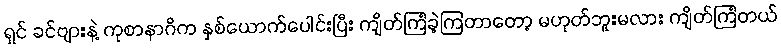
ရှင် ခင်ဗျားနဲ့ ကုစာနာဂိက နှစ်ယောက်ပေါင်းပြီး ကျိတ်ကြံခဲ့ကြတာတော့ မဟုတ်ဘူးမလား ကျိတ်ကြံတယ်